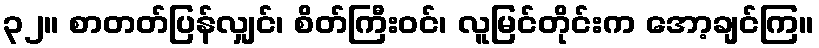
၃၂။ စာတတ်ပြန်လျှင်၊ စိတ်ကြီးဝင်၊ လူမြင်တိုင်းက အော့ချင်ကြ။